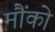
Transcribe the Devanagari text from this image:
मौंको